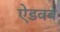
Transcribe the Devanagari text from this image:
ऐडवर्ब